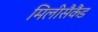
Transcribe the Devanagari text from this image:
मिलीसैकैंड